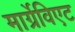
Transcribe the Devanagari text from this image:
मार्ग्रेविएट